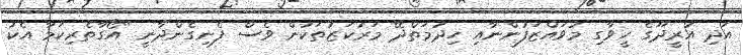
އަދި އުރީދޫގެ ހީވާގި މުވައްޒަފުންނާއި ހިދުމަތްދޭ މަރުކަޒުތަކުން ވެސް ފެނިގެންދާނީ "އޯގާތެރިކަމާ އެކު